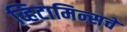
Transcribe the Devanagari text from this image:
व्हिटामिन्‍सचे